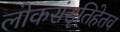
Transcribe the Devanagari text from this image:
लोकसंसृतिहेतव